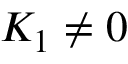
K _ { 1 } \neq 0